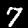
Digit: 7